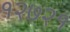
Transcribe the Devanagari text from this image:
१२७२१